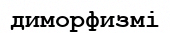
диморфизмі